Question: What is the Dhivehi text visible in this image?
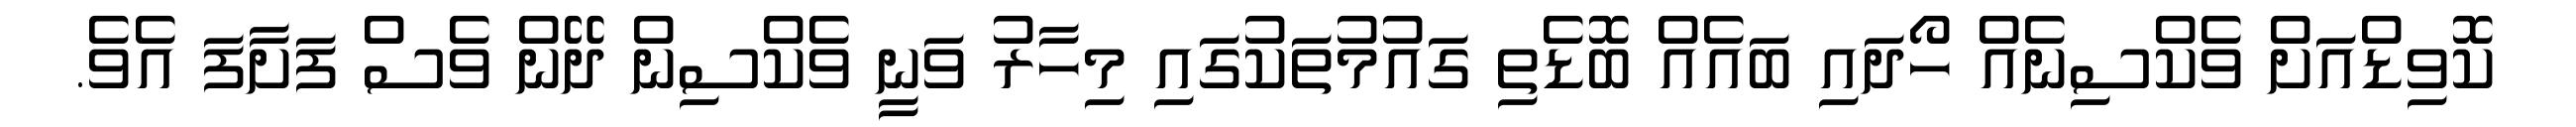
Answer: ކޮވިޑްއަށް ވެކްސިނެއް ހޯދައި ބައެއް ބޮޑެތި ގައުމުތަކުގައި މިހާރު ވަނީ ވެކްސިން ދޭން ވެސް ފަށާފަ އެވެ.